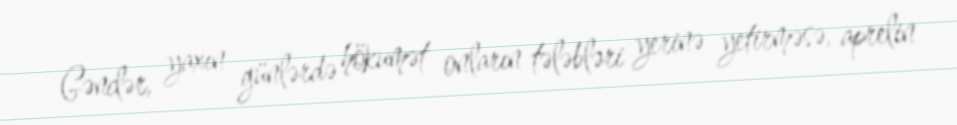
Gənclər, yaxın günlərdə hökumət onların tələbləri yerinə yetirməsə, aprelin